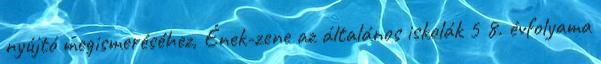
nyújtó megismeréséhez, Ének-zene az általános iskolák 5 8. évfolyama